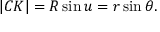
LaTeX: | C K | = R \sin u = r \sin \theta .